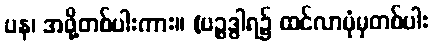
ပန၊ အဖို့တစ်ပါးကား။ (ပဉ္စဒွါရ၌ ထင်လာပုံမှတစ်ပါး